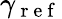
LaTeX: \gamma_{\mathrm{~r~e~f~}}